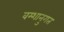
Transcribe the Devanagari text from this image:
वम्शानुगत